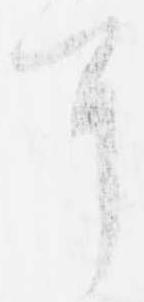
耳